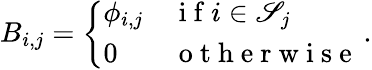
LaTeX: {B}_{i,j}=\left\{ \begin{array}{ll}{\phi_{i,j}}&{\mathrm{~i~f~}i\in\mathscr{S}_{j}}\\ {0}&{\mathrm{~o~t~h~e~r~w~i~s~e~}}\end{array}\right.\, .